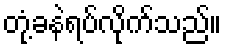
တုံ့ခနဲရပ်လိုက်သည်။